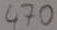
Text: 470